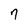
Character: 7